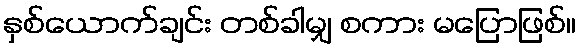
နှစ်ယောက်ချင်း တစ်ခါမျှ စကား မပြောဖြစ်။